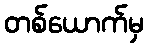
တစ်ယောက်မှ